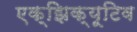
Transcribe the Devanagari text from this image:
एक्झिक्यूटिव